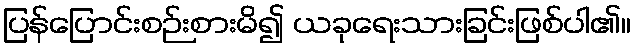
ပြန်ပြောင်းစဉ်းစားမိ၍ ယခုရေးသားခြင်းဖြစ်ပါ၏။